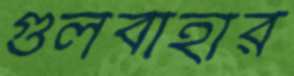
গুলবাহার